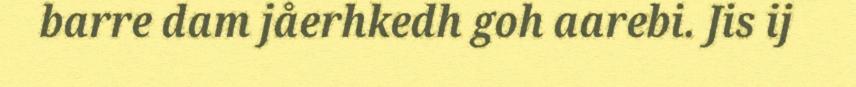
barre dam jåerhkedh goh aarebi. Jis ij